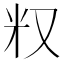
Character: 𠬵